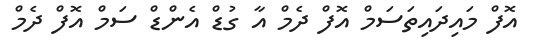
އޮފް މައިދައިތަސަމް އޮފް ދެމް އާ ގުޑް އެންޑް ސަމް އޮފް ދެމް